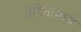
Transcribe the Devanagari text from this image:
प्रेषितांमध्ये